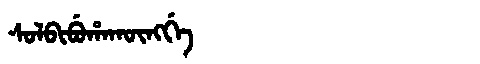
Manchu: ᠰᠣᠯᠪᡳᠪᡠᡥᠠᡴᡡᠩᡤᡝ
Romanization: SOLBIBUHAKŪNGGE